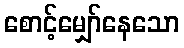
စောင့်မျှော်နေသော